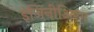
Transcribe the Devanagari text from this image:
इंजिनीअिरग